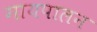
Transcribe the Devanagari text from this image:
गायपालन